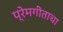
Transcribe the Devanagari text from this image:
प्रेमगीताचा